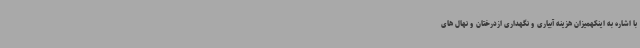
با اشاره به اینکهمیزان هزینه آبیاری و نگهداری ازدرختان و نهال های